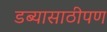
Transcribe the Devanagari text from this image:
डब्यासाठीपण